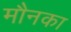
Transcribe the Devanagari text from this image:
मौनका